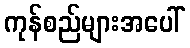
ကုန်စည်များအပေါ်